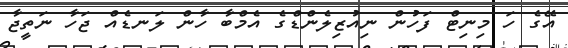
އޭގެ ހަ މިނިޓް ފަހުން ނިއުޒިލެންޑްގެ އެމްބާ ހާން ލަނޑެއް ޖަހާ ނަތީޖާ